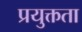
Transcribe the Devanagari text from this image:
प्रयुक्तता